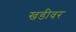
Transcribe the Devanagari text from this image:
खडीवर